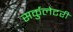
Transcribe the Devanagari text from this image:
सर्कुलेटरी